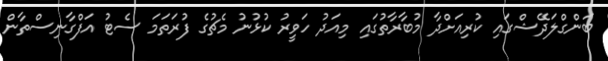
ބަންގްލަދޭޝްގައި ކުރިއަށްދާ މުބާރާތުގައި މިއަދު ހަވީރު ކުޅުނު މެޗުގެ ފުރަތަމަ ސެޓު އަފްގާނިސްތާން